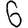
Digit: 6